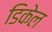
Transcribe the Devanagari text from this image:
डिकेल